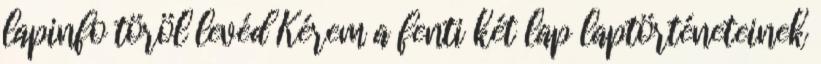
lapinfo töröl levéd Kérem a fenti két lap laptörténeteinek